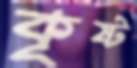
কৃষ্ট